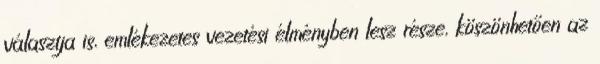
választja is, emlékezetes vezetési élményben lesz része, köszönhetően az